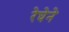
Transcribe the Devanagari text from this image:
रेघेने